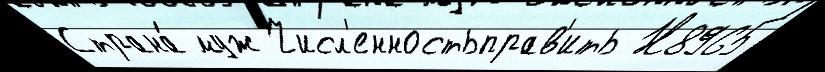
Страна́ муж Числ'енностьправ'ить Н8965